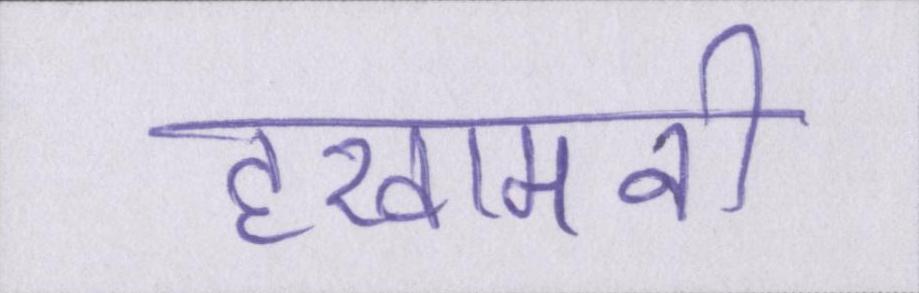
हखामनी